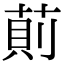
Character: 萴